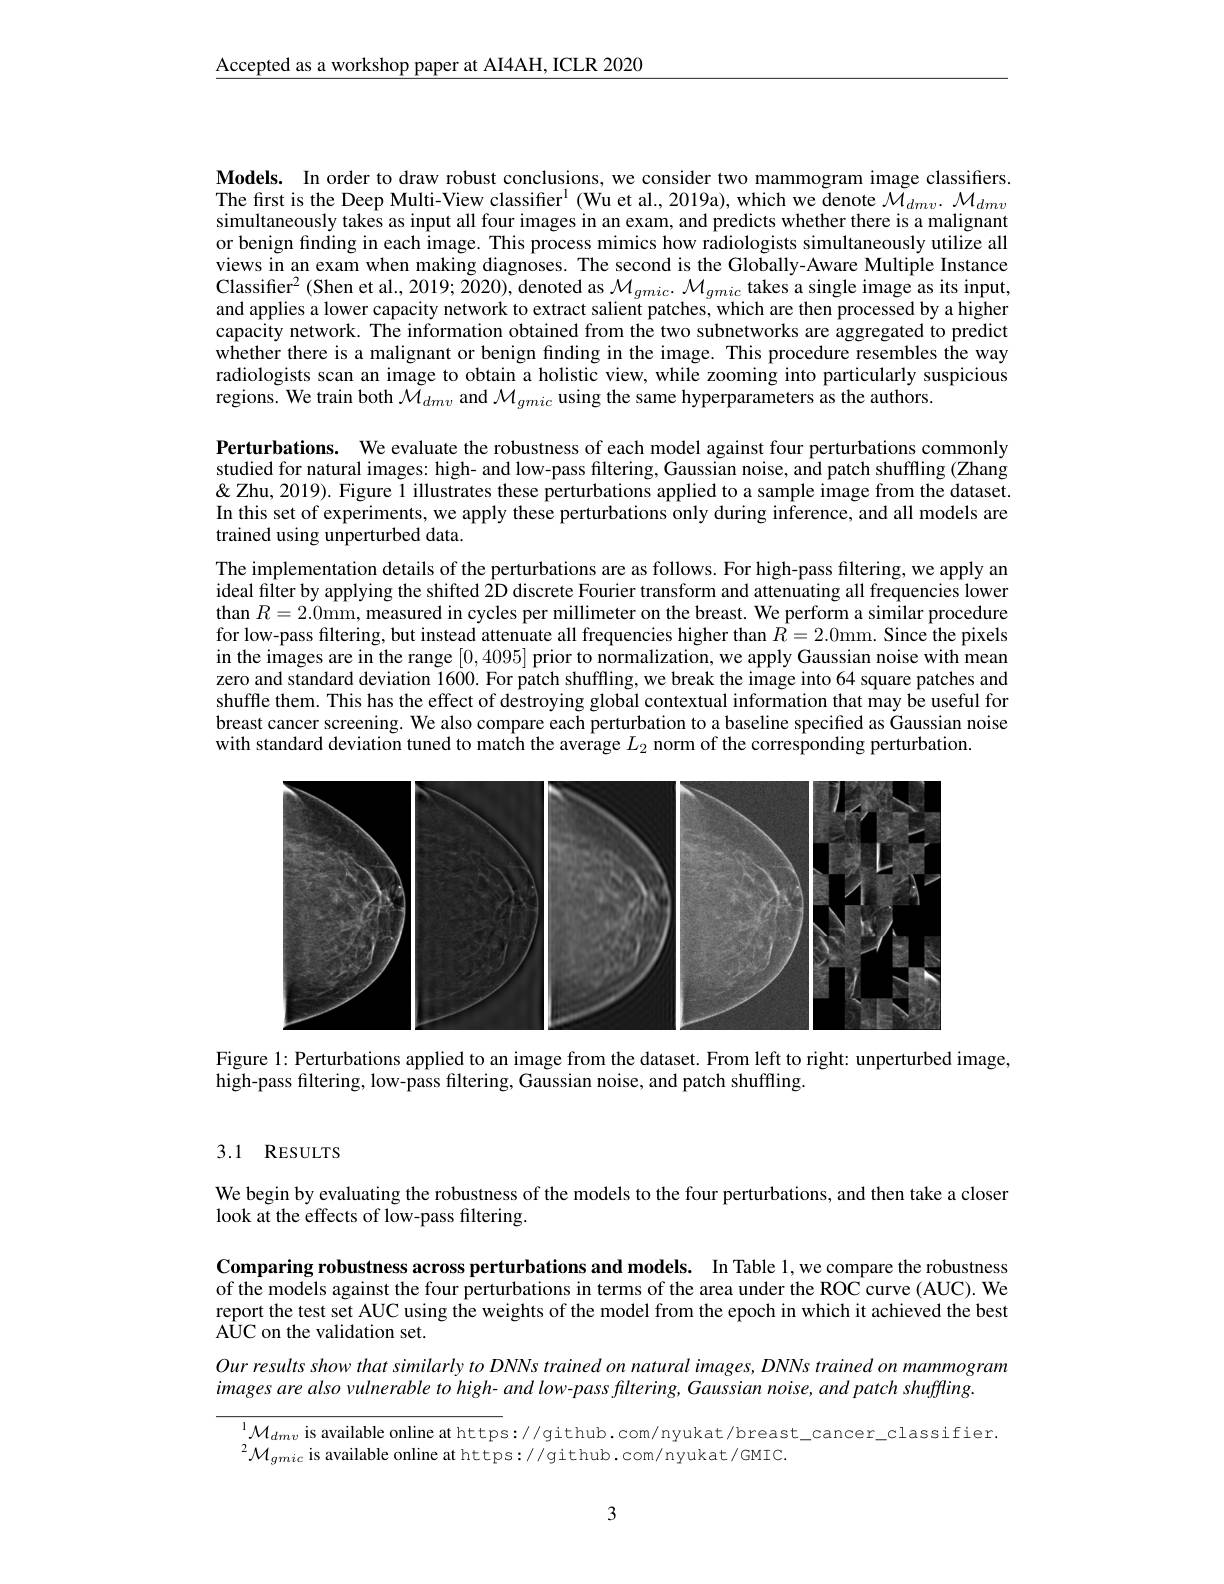
Accepted as a workshop paper at AI4AH, ICLR 2020

Models. In order to draw robust conclusions, we consider two mammogram image classifiers. The first is the Deep Multi-View classifier$^1$ (Wu et al., 2019a), which we denote $\tilde{\mathcal{M}}_dmv.~\mathcal{M}_{dmv}$ simultaneously takes as input all four images in an exam, and predicts whether there is a malignant or benign finding in each image. This process mimics how radiologists simultaneously utilize all views in an exam when making diagnoses. The second is the Globally-Aware Multiple Instance Classifier$^2($Shen et al., 2019; 2020), denoted as $\mathcal{M}_gmic.\mathcal{M}_{gmic}$ takes a single image as its input, and applies a lower capacity network to extract salient patches, which are then processed by a higher capacity network. The information obtained from the two subnetworks are aggregated to predict whether there is a malignant or benign finding in the image. This procedure resembles the way radiologists scan an image to obtain a holistic view, while zooming into particularly suspicious regions. We train both $\mathcal{M}_dmv$ and $\mathcal{M}_gmic$ using the same hyperparameters as the authors.

Perturbations. We evaluate the robustness of each model against four perturbations commonly studied for natural images: high- and low-pass filtering, Gaussian noise, and patch shuffling (Zhang $\&$ Zhu, 2019). Figure 1 illustrates these perturbations applied to a sample image from the dataset. In this set of experiments, we apply these perturbations only during inference, and all models are trained using unperturbed data.

The implementation details of the perturbations are as follows. For high-pass filtering, we apply an ideal filter by applying the shifted 2D discrete Fourier transform and attenuating all frequencies lower than $R= 2. 0$mm, measured in cycles per millimeter on the breast. We perform a similar procedure than $R= 2. 0$mm, measured in cycles per millimeter on the breast. We perform a similar procedu for low-pass filtering, but instead attenuate all frequencies higher than $R=2.0$mm. Since the pixels in the images are in the range [0,4095] prior to normalization, we apply Gaussian noise with mean zero and standard deviation 1600. For patch shuffling, we break the image into 64 square patches and shuffle them. This has the effect of destroying global contextual information that may be useful for breast cancer screening. We also compare each perturbation to a baseline specified as Gaussian noise with standard deviation tuned to match the average $L_2$ norm of the corresponding perturbation.

<FigureHere>

Figure 1: Perturbations applied to an image from the dataset. From left to right: unperturbed image,
high-pass filtering, low-pass filtering, Gaussian noise, and patch shuffling.

## 3.1 RESULTS

We begin by evaluating the robustness of the models to the four perturbations, and then take a closer
look at the effects of low-pass filtering.

Comparing robustness across perturbations and models. In Table 1,we compare the robustness of the models against the four perturbations in terms of the area under the ROC curve (AUC). We report the test set AUC using the weights of the model from the epoch in which it achieved the best AUC on the validation set.
$OurresultsshowthatsimilarlytoDNNstrainedonnaturalimages,DNNstrainedonmammogram$
images are also vulnerable to high- and low-pass filtering, Gaussian noise, and patch shuffling.

$^{1}\mathcal{M}_{dmv}$ is available online at https://github.com/nyukat/breast\_cancer\_classifier.
$^{2}\mathcal{M}_{gmic}$ is available online at https://github.com/nyukat/GMIC.

3